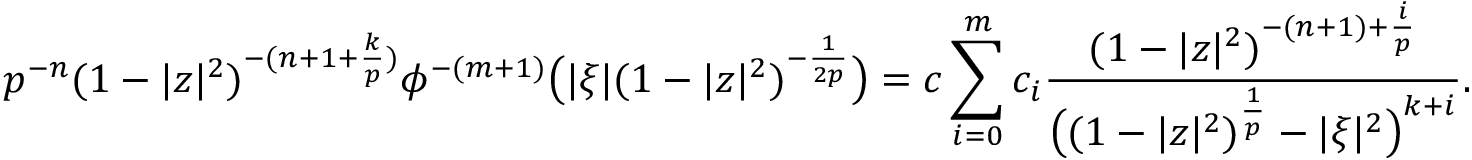
p ^ { - n } ( 1 - | z | ^ { 2 } ) ^ { - ( n + 1 + \frac { k } { p } ) } \phi ^ { - ( m + 1 ) } \bigl ( | \xi | ( 1 - | z | ^ { 2 } ) ^ { - \frac { 1 } { 2 p } } \bigr ) = c \sum _ { i = 0 } ^ { m } c _ { i } \frac { ( 1 - | z | ^ { 2 } ) ^ { - ( n + 1 ) + \frac { i } { p } } } { \big ( ( 1 - | z | ^ { 2 } ) ^ { \frac { 1 } { p } } - | \xi | ^ { 2 } \big ) ^ { k + i } } .